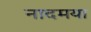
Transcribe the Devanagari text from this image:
नादमया